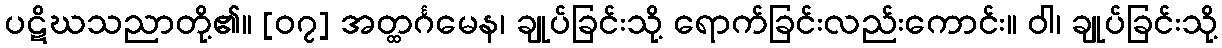
ပဋိဃသညာတို့၏။ [၀၇] အတ္ထင်္ဂမေန၊ ချုပ်ခြင်းသို့ ရောက်ခြင်းလည်းကောင်း။ ဝါ၊ ချုပ်ခြင်းသို့